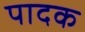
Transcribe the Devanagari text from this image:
पादक